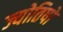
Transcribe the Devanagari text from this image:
ज्योतिषो